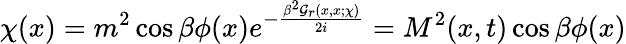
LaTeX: \chi(x)=m^{2}\cos\beta\phi(x)e^{-\frac{\beta^{2}{\cal G}_{r}(x,x;\chi)}{2i}}=M^{2}(x,t)\cos\beta\phi(x)